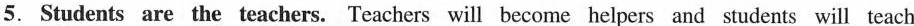
5. Students are the teachers. Teachers will become helpers and students will teach